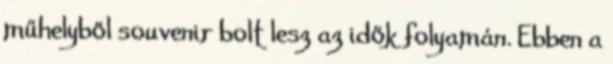
műhelyből souvenir bolt lesz az idők folyamán. Ebben a